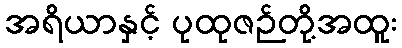
အရိယာနှင့် ပုထုဇဉ်တို့အထူး